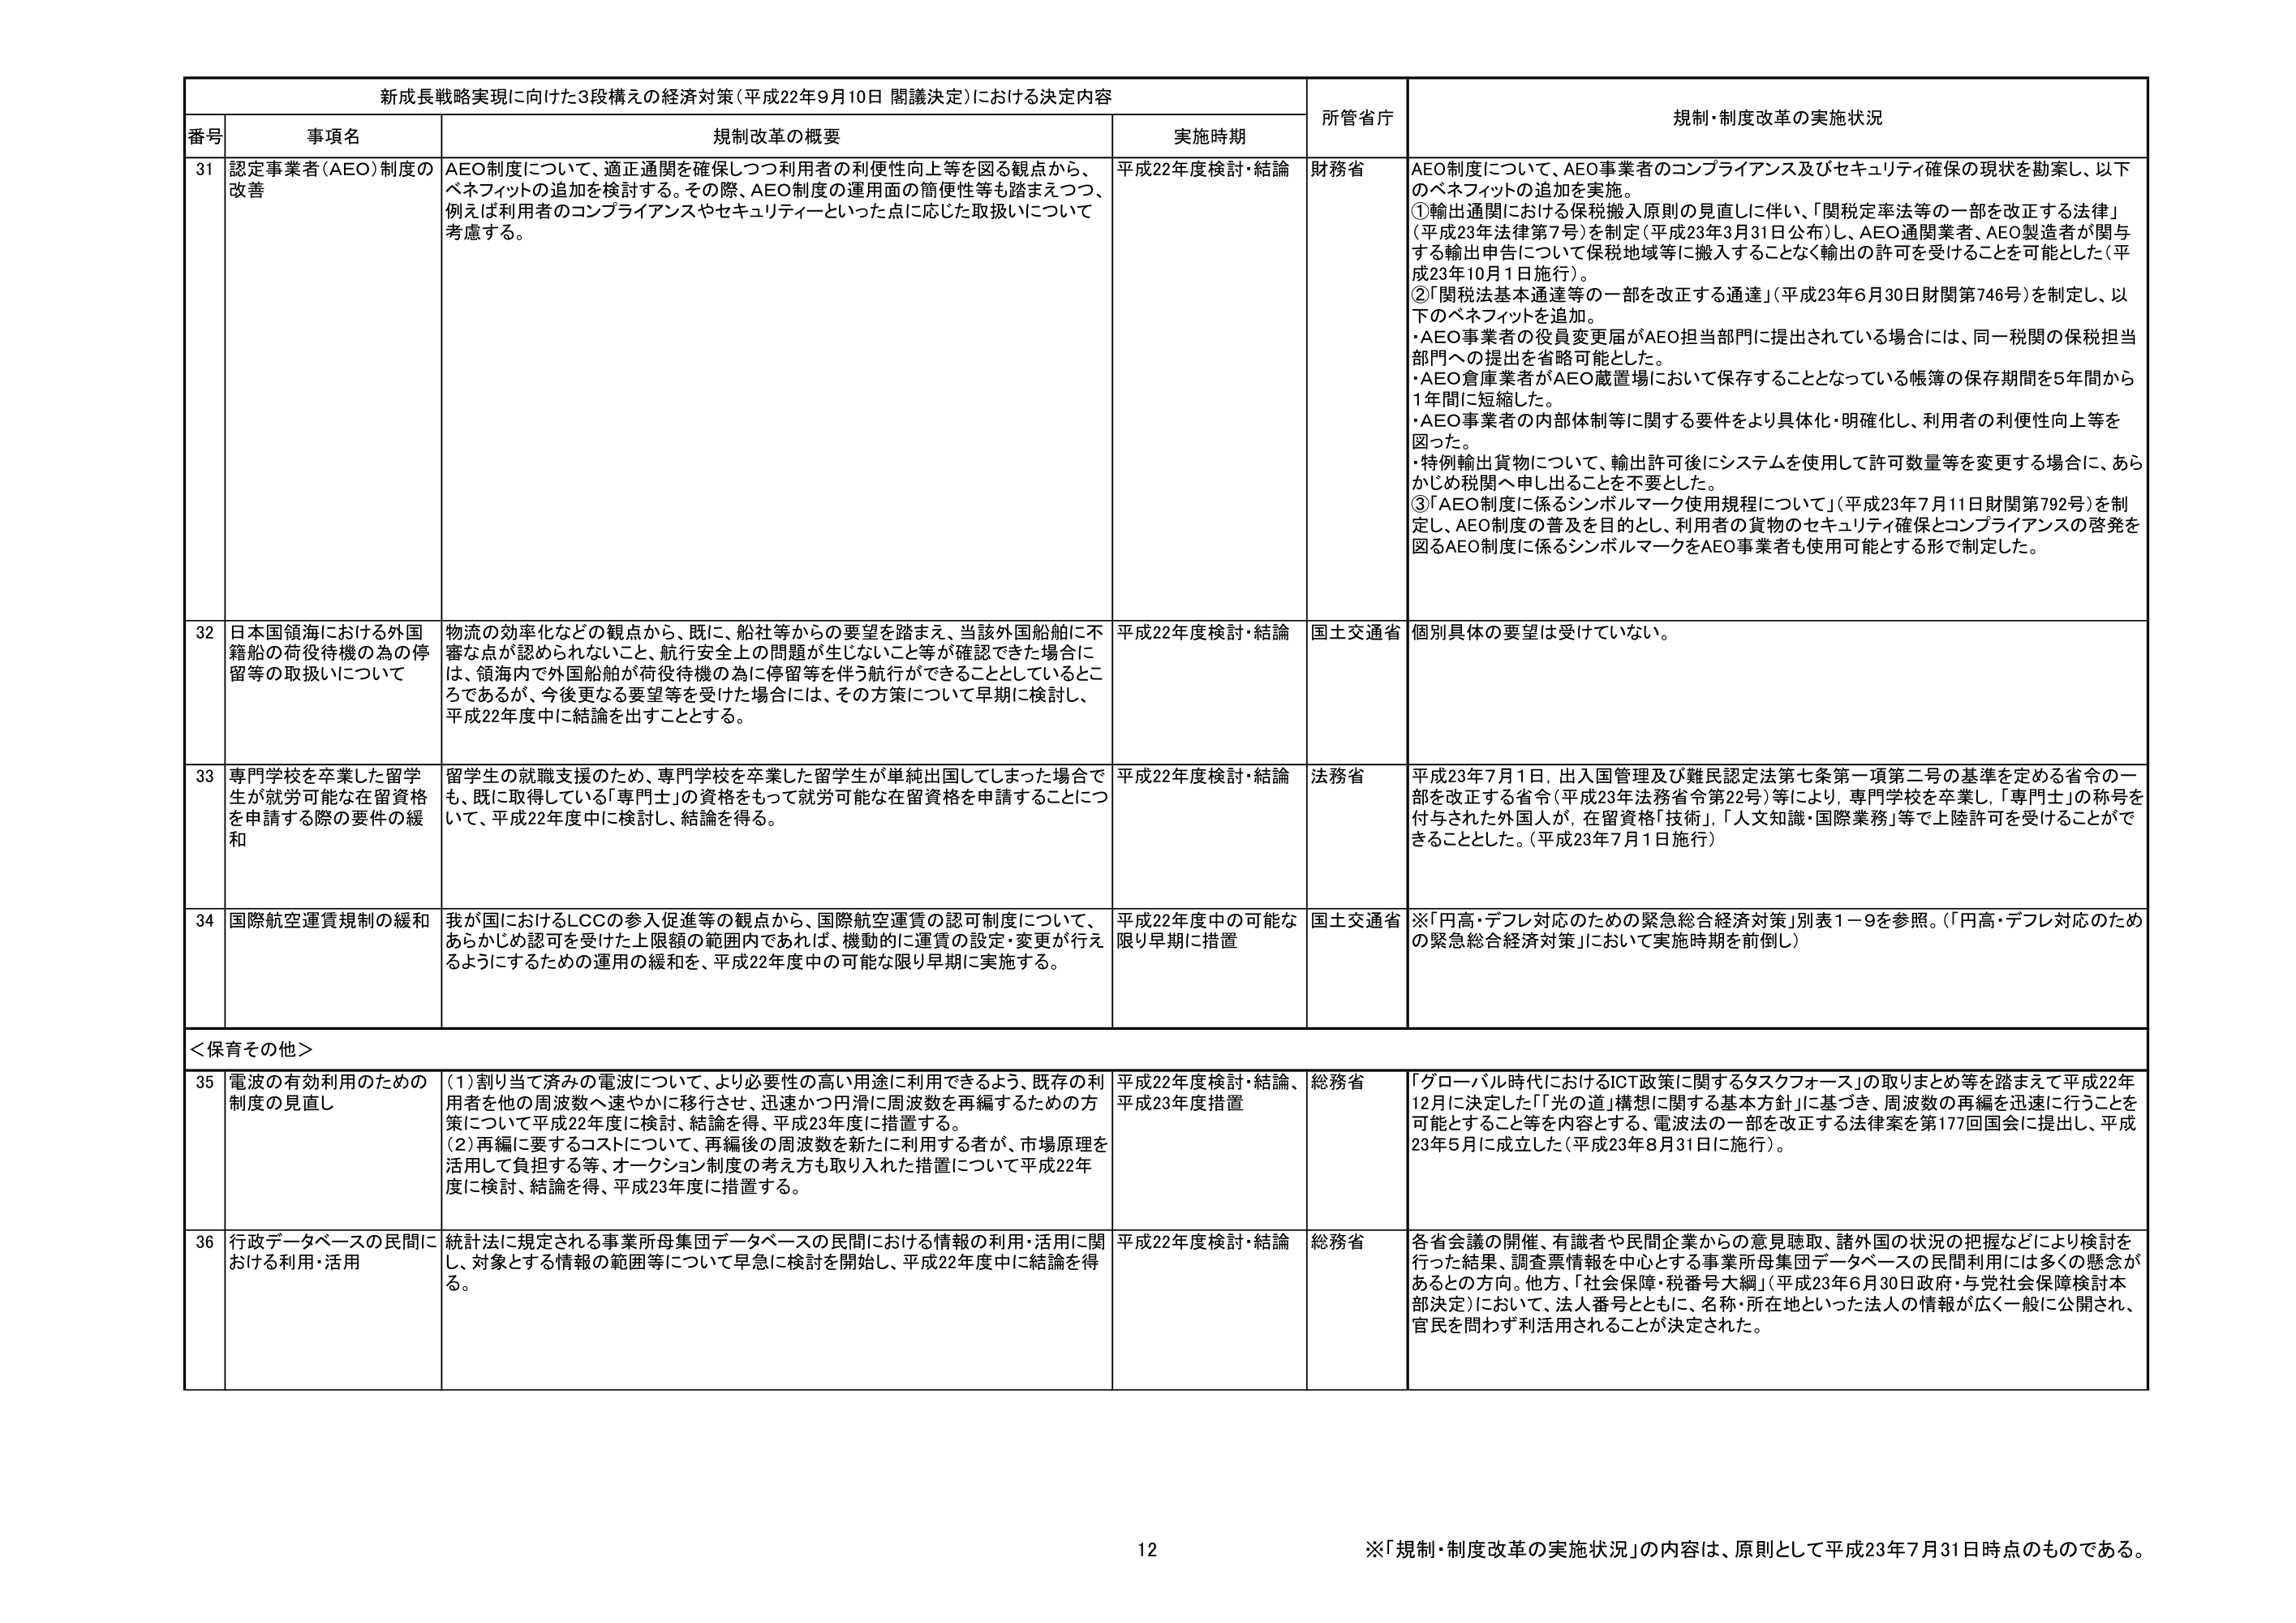
新成長戦略実現に向けた3段構えの経済対策（平成22年9月10日 閣議決定）における決定内容

番号 事項名 規制改革の概要 実施時期 所管省庁 規制・制度改革の実施状況

31 認定事業者（AEO）制度の改善 AEO制度について、適正通関を確保しつつ利用者の利便性向上等を図る観点から、ベネフィットの追加を検討する。その際、AEO制度の運用面の簡便性等も踏まえつつ、例えば利用者のコンプライアンスやセキュリティといった点に応じた取扱いについて考慮する。 平成22年度検討・結論 財務省 AEO制度について、AEO事業者のコンプライアンス及びセキュリティ確保の現状を勘案し、以下のベネフィットの追加を実施。 ①輸出通関における保税搬入原則の見直しに伴い、「関税定率法等の一部を改正する法律」（平成23年法律第7号）を制定（平成23年3月31日公布）し、AEO通関業者、AEO製造者に関する輸出申告について保税地域等に搬入することなく輸出の許可を受けることを可能とした（平成23年10月1日施行）。 ②「関税法基本通達等の一部を改正する通達」（平成23年6月30日財関第746号）を制定し、以下のベネフィットを追加。 ・AEO事業者の役員変更届がAEO担当部門に提出されている場合には、同一税関の保税担当部門への提出を省略可能とした。 ・AEO倉庫業者がAEO蔵置場において保存することとなっている帳簿の保存期間を5年間から1年間に短縮した。 ・AEO事業者の内部体制等に関する要件をより具体化・明確化し、利用者の利便性向上等を図った。 ・特例輸出貨物について、輸出許可後にシステムを使用して許可数量等を変更する場合に、あらかじめ税関へ申し出ることを不要とした。 ③「AEO制度に係るシンボルマーク使用規程について」（平成23年7月11日財関第792号）を制定し、AEO制度の普及を目的とし、利用者の貨物のセキュリティ確保とコンプライアンスの啓発を図るAEO制度に係るシンボルマークをAEO事業者も使用可能とする形で制定した。

32 日本国領海における外国籍船の荷役待機の為の停留等の取扱いについて 物流の効率化などの観点から、既に、船社等からの要望を踏まえ、当該外国船舶に不審な点が認められないこと、航行安全上の問題が生じないこと等が確認できた場合には、領海内で外国船舶が荷役待機の為に停留等を伴う航行ができることとしているところであるが、今後更なる要望等を受けた場合には、その方策について早期に検討し、平成22年度中に結論を出すこととする。 平成22年度検討・結論 国土交通省 個別具体的な要望は受けていない。

33 専門学校を卒業した留学生が就労可能な在留資格を申請する際の要件の緩和 留学生の就職支援のため、専門学校を卒業した留学生が単純出国してしまった場合でも、既に取得している「専門士」の資格をもって就労可能な在留資格を申請することについて、平成22年度中に検討し、結論を得る。 平成22年度検討・結論 法務省 平成23年7月1日、出入国管理及び難民認定法第七条第一項第二号の基準を定める省令の一部を改正する省令（平成23年法務省令第22号）等により、専門学校を卒業し、「専門士」の称号を付与された外国人が、在留資格「技術」、「人文知識・国際業務」等で上陸許可を受けることができるこ ととした。（平成23年7月1日施行）

34 国際航空運賃規制の緩和 我が国におけるLCCの参入促進等の観点から、国際航空運賃の認可制度について、あらかじめ認可を受けた上限額の範囲内であれば、機動的に運賃の設定・変更が行えるようにするための運用の緩和を、平成22年度中の可能な限り早期に実施する。 平成22年度中の可能な限り早期に措置 国土交通省 ※「円高・デフレ対応のための緊急総合経済対策」別表1－9を参照。（「円高・デフレ対応のための緊急総合経済対策」において実施時期を前倒し）

＜保育その他＞

35 電波の有効利用のための制度の見直し （1）割り当て済みの電波について、より必要性の高い用途に利用できるよう、既存の利用者を他の周波数へ速やかに移行させ、迅速かつ円滑に周波数を再編するための方策について平成22年度に検討、結論を得、平成23年度に措置する。 （2）再編に要するコストについて、再編後の周波数を新たに利用する者が、市場原理を活用して負担する等、オークション制度の考え方も取り入れた措置について平成22年度に検討、結論を得、平成23年度に措置する。 平成22年度検討・結論、平成23年度措置 総務省 「グローバル時代におけるICT政策に関するタスクフォース」の取りまとめ等を踏まえて平成22年12月に決定した「「光の道」構想に関する基本方針」に基づき、周波数の再編を迅速に行うことを可能とすること等を内容とする、電波法の一部を改正する法律案を第177回国会に提出し、平成23年5月に成立した（平成23年8月31日に施行）。

36 行政データベースの民間における利用・活用 統計法に規定される事業所母集団データベースの民間における情報の利用・活用に関し、対象とする情報の範囲等について早急に検討を開始し、平成22年度中に結論を得る。 平成22年度検討・結論 総務省 各省会議の開催、有識者や民間企業からの意見聴取、諸外国の状況の把握などにより検討を行った結果、調査票情報を中心とする事業所母集団データベースの民間利用には多くの懸念があるとの方向。他方、「社会保障・税番号大綱」（平成23年6月30日政府・与党社会保障検討本部決定）において、法人番号とともに、名称・所在地といった法人の情報が広く一般に公開され、官民を問わず利活用されることが決定された。

12
※「規制・制度改革の実施状況」の内容は、原則として平成23年7月31日時点のものである。